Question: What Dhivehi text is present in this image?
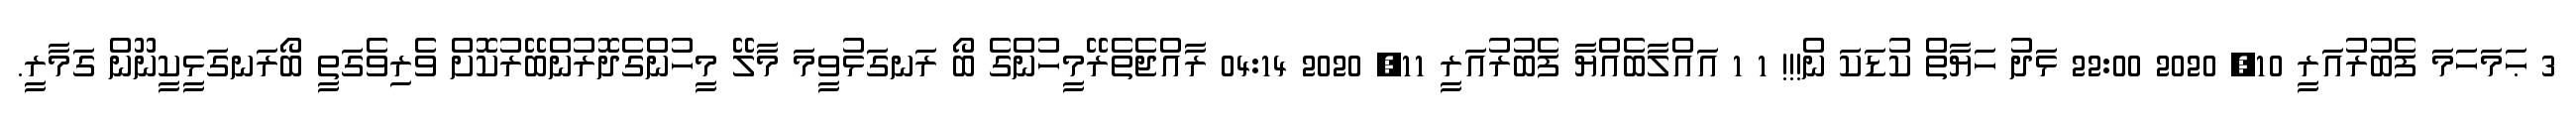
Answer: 3 ޙަމަހަމަ ފެބުރުއަރީ 10, 2020 22:00 ޅަދު ހަޔާތް ކުޑަކަ ން!!! 1 1 އައްލާބެއްޔާ ފެބުރުއަރީ 11, 2020 04:14 ރާއްޖެތެރޭމީހުންގެ ބޯ ރަނގަޅުވީމަ މާލޭ މީހުންގެދޮރުންބޭރުކޮށް ވެރިވެގަތީ ބޯރަނގަޅީކީނޫން ގަމާރީ.